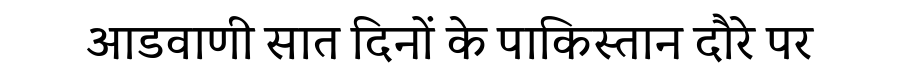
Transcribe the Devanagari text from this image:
आडवाणी सात दिनों के पाकिस्तान दौरे पर